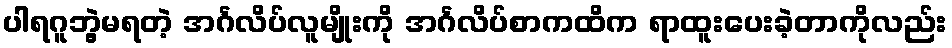
ပါရဂူဘွဲ့မရတဲ့ အင်္ဂလိပ်လူမျိုးကို အင်္ဂလိပ်စာကထိက ရာထူးပေးခဲ့တာကိုလည်း